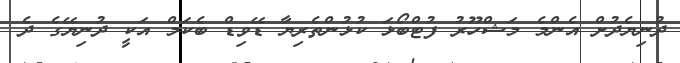
ދުނިޔެދުށް އެންމެ މަޝްހޫރު ފުޓްބޯޅަ ކުޅުންތެރިޔާ ޑޭވިޑް ބެކަމް އަކީ ދުނިޔޭގެ ދެ